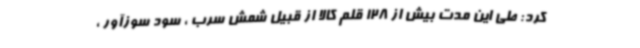
کرد: طی این مدت بیش از 128 قلم کالا از قبیل شمش سرب ، سود سوزآور ،